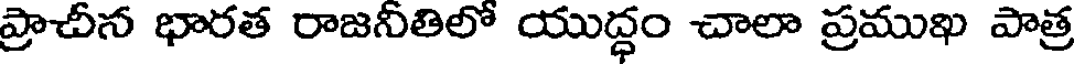
ప్రాచీన భారత రాజనీతిలో యుద్ధం చాలా ప్రముఖ పాత్ర